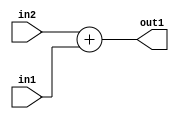
`timescale 1ps / 1ps
/*****************************************************************************
    Verilog RTL Description
    
    
    Created by: Stratus DpOpt 21.05.01 
*******************************************************************************/

module SobelFilter_Add_7Sx5U_7S_4 (
	in2,
	in1,
	out1
	); /* architecture "behavioural" */ 
input [6:0] in2;
input [4:0] in1;
output [6:0] out1;
wire [6:0] asc001;

assign asc001 = 
	+(in2)
	+(in1);

assign out1 = asc001;
endmodule

/* CADENCE  ubD4TQE= : u9/ySxbfrwZIxEzHVQQV8Q== ** DO NOT EDIT THIS LINE ******/